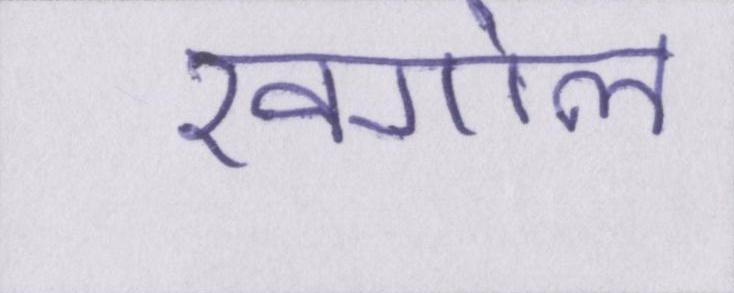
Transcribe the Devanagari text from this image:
खगोल